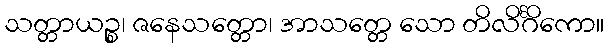
သတ္တာယဉ္စ၊ ဇနေသတ္တော၊ အာသတ္တေ သော တိလိင်္ဂိကော။